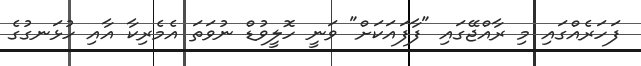
ފަހަރެއްގައި މި ރާއްޖޭގައި "ފާފައަކަށް" ވަނީ ހޮލީވުޑް ނުވަތަ އެމެރިކާ އާއި ހުޅަނގުގެ